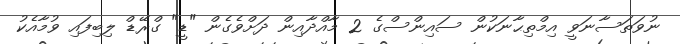
ނުވަތަސާނަވީ އިމްތިޙާނަކުން ސައިންސްގެ 2 މާއްދާއިން ދަށްވެގެން "ޑީ" ގްރޭޑް ލިބިފައި ވުމާއެކު